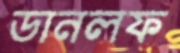
ডানলফ